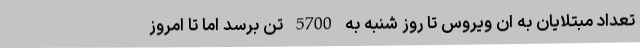
تعداد مبتلایان به ان ویروس تا روز شنبه به 5700 تن برسد اما تا امروز